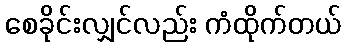
စေခိုင်းလျှင်လည်း ကံထိုက်တယ်